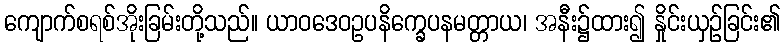
ကျောက်စရစ်အိုးခြမ်းတို့သည်။ ယာဝဒေဝဥပနိက္ခေပနမတ္တာယ၊ အနီး၌ထား၍ နှိုင်းယှဉ်ခြင်း၏